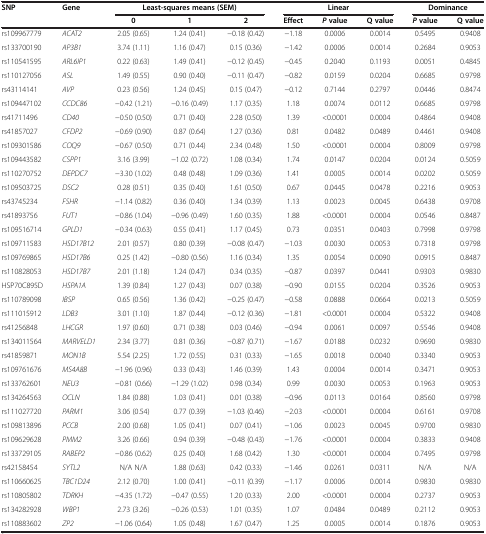
<table><thead><tr><td><b>SNP</b></td><td><b>Gene</b></td><td colspan="3"><b>Least-squares means (SEM)</b></td><td colspan="3"><b>Linear</b></td><td colspan="2"><b>Dominance</b></td></tr><tr><td><b> </b></td><td><b> </b></td><td><b>0</b></td><td><b>1</b></td><td><b>2</b></td><td><b>Effect</b></td><td><b><i>P </i>value</b></td><td><b>Q value</b></td><td><b><i>P </i>value</b></td><td><b>Q value</b></td></tr></thead><tbody><tr><td>rs109967779</td><td><i>ACAT2</i></td><td>2.05 (0.65)</td><td>1.24 (0.41)</td><td>−0.18 (0.42)</td><td>−1.18</td><td>0.0006</td><td>0.0014</td><td>0.5495</td><td>0.9408</td></tr><tr><td>rs133700190</td><td><i>AP3B1</i></td><td>3.74 (1.11)</td><td>1.16 (0.47)</td><td>0.15 (0.36)</td><td>−1.42</td><td>0.0006</td><td>0.0014</td><td>0.2684</td><td>0.9053</td></tr><tr><td>rs110541595</td><td><i>ARL6IP1</i></td><td>0.22 (0.63)</td><td>1.49 (0.41)</td><td>−0.12 (0.45)</td><td>−0.45</td><td>0.2040</td><td>0.1193</td><td>0.0051</td><td>0.4845</td></tr><tr><td>rs110127056</td><td><i>ASL</i></td><td>1.49 (0.55)</td><td>0.90 (0.40)</td><td>−0.11 (0.47)</td><td>−0.82</td><td>0.0159</td><td>0.0204</td><td>0.6685</td><td>0.9798</td></tr><tr><td>rs43114141</td><td><i>AVP</i></td><td>0.23 (0.56)</td><td>1.24 (0.45)</td><td>0.15 (0.47)</td><td>−0.12</td><td>0.7144</td><td>0.2797</td><td>0.0446</td><td>0.8474</td></tr><tr><td>rs109447102</td><td><i>CCDC86</i></td><td>−0.42 (1.21)</td><td>−0.16 (0.49)</td><td>1.17 (0.35)</td><td>1.18</td><td>0.0074</td><td>0.0112</td><td>0.6685</td><td>0.9798</td></tr><tr><td>rs41711496</td><td><i>CD40</i></td><td>−0.50 (0.50)</td><td>0.71 (0.40)</td><td>2.28 (0.50)</td><td>1.39</td><td>&lt;0.0001</td><td>0.0004</td><td>0.4864</td><td>0.9408</td></tr><tr><td>rs41857027</td><td><i>CFDP2</i></td><td>−0.69 (0.90)</td><td>0.87 (0.64)</td><td>1.27 (0.36)</td><td>0.81</td><td>0.0482</td><td>0.0489</td><td>0.4461</td><td>0.9408</td></tr><tr><td>rs109301586</td><td><i>COQ9</i></td><td>−0.67 (0.50)</td><td>0.71 (0.44)</td><td>2.34 (0.48)</td><td>1.50</td><td>&lt;0.0001</td><td>0.0004</td><td>0.8009</td><td>0.9798</td></tr><tr><td>rs109443582</td><td><i>CSPP1</i></td><td>3.16 (3.99)</td><td>−1.02 (0.72)</td><td>1.08 (0.34)</td><td>1.74</td><td>0.0147</td><td>0.0204</td><td>0.0124</td><td>0.5059</td></tr><tr><td>rs110270752</td><td><i>DEPDC7</i></td><td>−3.30 (1.02)</td><td>0.48 (0.48)</td><td>1.09 (0.36)</td><td>1.41</td><td>0.0005</td><td>0.0014</td><td>0.0202</td><td>0.5059</td></tr><tr><td>rs109503725</td><td><i>DSC2</i></td><td>0.28 (0.51)</td><td>0.35 (0.40)</td><td>1.61 (0.50)</td><td>0.67</td><td>0.0445</td><td>0.0478</td><td>0.2216</td><td>0.9053</td></tr><tr><td>rs43745234</td><td><i>FSHR</i></td><td>−1.14 (0.82)</td><td>0.36 (0.40)</td><td>1.34 (0.39)</td><td>1.13</td><td>0.0023</td><td>0.0045</td><td>0.6438</td><td>0.9708</td></tr><tr><td>rs41893756</td><td><i>FUT1</i></td><td>−0.86 (1.04)</td><td>−0.96 (0.49)</td><td>1.60 (0.35)</td><td>1.88</td><td>&lt;0.0001</td><td>0.0004</td><td>0.0546</td><td>0.8487</td></tr><tr><td>rs109516714</td><td><i>GPLD1</i></td><td>−0.34 (0.63)</td><td>0.55 (0.41)</td><td>1.17 (0.45)</td><td>0.73</td><td>0.0351</td><td>0.0403</td><td>0.7998</td><td>0.9798</td></tr><tr><td>rs109711583</td><td><i>HSD17B12</i></td><td>2.01 (0.57)</td><td>0.80 (0.39)</td><td>−0.08 (0.47)</td><td>−1.03</td><td>0.0030</td><td>0.0053</td><td>0.7318</td><td>0.9798</td></tr><tr><td>rs109769865</td><td><i>HSD17B6</i></td><td>0.25 (1.42)</td><td>−0.80 (0.56)</td><td>1.16 (0.34)</td><td>1.35</td><td>0.0054</td><td>0.0090</td><td>0.0915</td><td>0.8487</td></tr><tr><td>rs110828053</td><td><i>HSD17B7</i></td><td>2.01 (1.18)</td><td>1.24 (0.47)</td><td>0.34 (0.35)</td><td>−0.87</td><td>0.0397</td><td>0.0441</td><td>0.9303</td><td>0.9830</td></tr><tr><td>HSP70C895D</td><td><i>HSPA1A</i></td><td>1.39 (0.84)</td><td>1.27 (0.43)</td><td>0.07 (0.38)</td><td>−0.90</td><td>0.0155</td><td>0.0204</td><td>0.3526</td><td>0.9053</td></tr><tr><td>rs110789098</td><td><i>IBSP</i></td><td>0.65 (0.56)</td><td>1.36 (0.42)</td><td>−0.25 (0.47)</td><td>−0.58</td><td>0.0888</td><td>0.0664</td><td>0.0213</td><td>0.5059</td></tr><tr><td>rs111015912</td><td><i>LDB3</i></td><td>3.01 (1.10)</td><td>1.87 (0.44)</td><td>−0.12 (0.36)</td><td>−1.81</td><td>&lt;0.0001</td><td>0.0004</td><td>0.5322</td><td>0.9408</td></tr><tr><td>rs41256848</td><td><i>LHCGR</i></td><td>1.97 (0.60)</td><td>0.71 (0.38)</td><td>0.03 (0.46)</td><td>−0.94</td><td>0.0061</td><td>0.0097</td><td>0.5546</td><td>0.9408</td></tr><tr><td>rs134011564</td><td><i>MARVELD1</i></td><td>2.34 (3.77)</td><td>0.81 (0.36)</td><td>−0.87 (0.71)</td><td>−1.67</td><td>0.0188</td><td>0.0232</td><td>0.9690</td><td>0.9830</td></tr><tr><td>rs41859871</td><td><i>MON1B</i></td><td>5.54 (2.25)</td><td>1.72 (0.55)</td><td>0.31 (0.33)</td><td>−1.65</td><td>0.0018</td><td>0.0040</td><td>0.3340</td><td>0.9053</td></tr><tr><td>rs109761676</td><td><i>MS4A8B</i></td><td>−1.96 (0.96)</td><td>0.33 (0.43)</td><td>1.46 (0.39)</td><td>1.43</td><td>0.0004</td><td>0.0014</td><td>0.3471</td><td>0.9053</td></tr><tr><td>rs133762601</td><td><i>NEU3</i></td><td>−0.81 (0.66)</td><td>−1.29 (1.02)</td><td>0.98 (0.34)</td><td>0.99</td><td>0.0030</td><td>0.0053</td><td>0.1963</td><td>0.9053</td></tr><tr><td>rs134264563</td><td><i>OCLN</i></td><td>1.84 (0.88)</td><td>1.03 (0.41)</td><td>0.01 (0.38)</td><td>−0.96</td><td>0.0113</td><td>0.0164</td><td>0.8560</td><td>0.9798</td></tr><tr><td>rs111027720</td><td><i>PARM1</i></td><td>3.06 (0.54)</td><td>0.77 (0.39)</td><td>−1.03 (0.46)</td><td>−2.03</td><td>&lt;0.0001</td><td>0.0004</td><td>0.6161</td><td>0.9708</td></tr><tr><td>rs109813896</td><td><i>PCCB</i></td><td>2.00 (0.68)</td><td>1.05 (0.41)</td><td>0.07 (0.41)</td><td>−1.06</td><td>0.0023</td><td>0.0045</td><td>0.9700</td><td>0.9830</td></tr><tr><td>rs109629628</td><td><i>PMM2</i></td><td>3.26 (0.66)</td><td>0.94 (0.39)</td><td>−0.48 (0.43)</td><td>−1.76</td><td>&lt;0.0001</td><td>0.0004</td><td>0.3833</td><td>0.9408</td></tr><tr><td>rs133729105</td><td><i>RABEP2</i></td><td>−0.86 (0.62)</td><td>0.25 (0.40)</td><td>1.68 (0.42)</td><td>1.30</td><td>&lt;0.0001</td><td>0.0004</td><td>0.7495</td><td>0.9798</td></tr><tr><td>rs42158454</td><td><i>SYTL2</i></td><td>N/A N/A</td><td>1.88 (0.63)</td><td>0.42 (0.33)</td><td>−1.46</td><td>0.0261</td><td>0.0311</td><td>N/A</td><td>N/A</td></tr><tr><td>rs110660625</td><td><i>TBC1D24</i></td><td>2.12 (0.70)</td><td>1.00 (0.41)</td><td>−0.11 (0.39)</td><td>−1.17</td><td>0.0006</td><td>0.0014</td><td>0.9830</td><td>0.9830</td></tr><tr><td>rs110805802</td><td><i>TDRKH</i></td><td>−4.35 (1.72)</td><td>−0.47 (0.55)</td><td>1.20 (0.33)</td><td>2.00</td><td>&lt;0.0001</td><td>0.0004</td><td>0.2737</td><td>0.9053</td></tr><tr><td>rs134282928</td><td><i>WBP1</i></td><td>2.73 (3.26)</td><td>−0.26 (0.53)</td><td>1.01 (0.35)</td><td>1.07</td><td>0.0484</td><td>0.0489</td><td>0.2112</td><td>0.9053</td></tr><tr><td>rs110883602</td><td><i>ZP2</i></td><td>−1.06 (0.64)</td><td>1.05 (0.48)</td><td>1.67 (0.47)</td><td>1.25</td><td>0.0005</td><td>0.0014</td><td>0.1876</td><td>0.9053</td></tr></tbody></table>